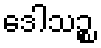
ဒေါသဉ္စ